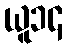
ယူ၁၄